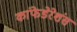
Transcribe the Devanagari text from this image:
कांफेडेरेशंस